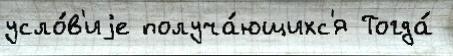
усло́в'иjе получа́ющихс'я Тогда́